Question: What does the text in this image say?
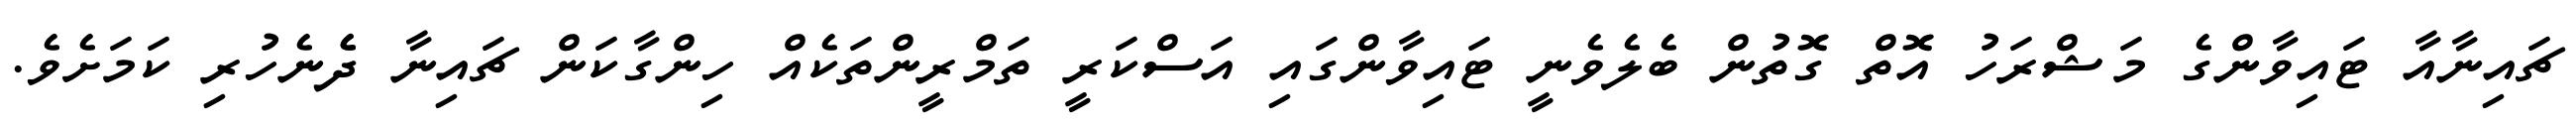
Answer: ޗައިނާއާ ޓައިވާންގެ މަޝްރަހު އޮތް ގޮތުން ބެލެވެނީ ޓައިވާންގައި އަސްކަރީ ތަމްރީންތަކެއް ހިންގާކަން ޗައިނާ ދެެނެހުރި ކަމަށެވެ.